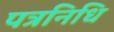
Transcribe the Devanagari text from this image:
पत्रनिधि